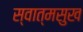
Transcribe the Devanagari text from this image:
स्वात्मसुख